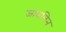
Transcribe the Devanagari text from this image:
जावलिन